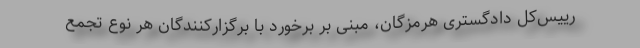
رییس‌کل دادگستری هرمزگان، مبنی بر برخورد با برگزارکنندگان هر نوع تجمع